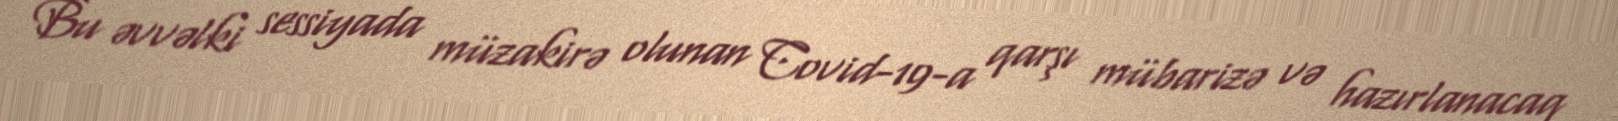
Bu əvvəlki sessiyada müzakirə olunan Covid-19-a qarşı mübarizə və hazırlanacaq